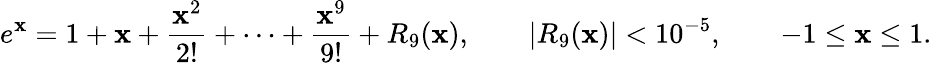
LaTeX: e^{\mathbf{x}}=1+\mathbf{x}+{\frac{{\mathbf{x}^{2}}}{{2!}}}+\cdots+{\frac{{\mathbf{x}^{9}}}{{9!}}}+R_{9}(\mathbf{x}),\qquad|R_{9}(\mathbf{x})|<10^{-5},\qquad-1\leq\mathbf{x}\leq1.